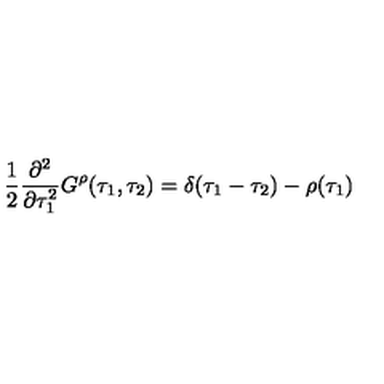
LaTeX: { \frac { 1 } { 2 } } { \frac { \partial ^ { 2 } } { \partial \tau _ { 1 } ^ { 2 } } } G ^ { \rho } ( \tau _ { 1 } , \tau _ { 2 } ) = \delta ( \tau _ { 1 } - \tau _ { 2 } ) - \rho ( \tau _ { 1 } )